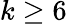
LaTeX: k\geq 6